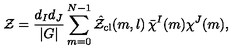
{ \cal Z } = \frac { d _ { I } d _ { J } } { | G | } \sum _ { m = 0 } ^ { N - 1 } \hat { \cal Z } _ { \mathrm { c l } } ( m , l ) \thinspace \bar { \chi } ^ { I } ( m ) \chi ^ { J } ( m ) ,